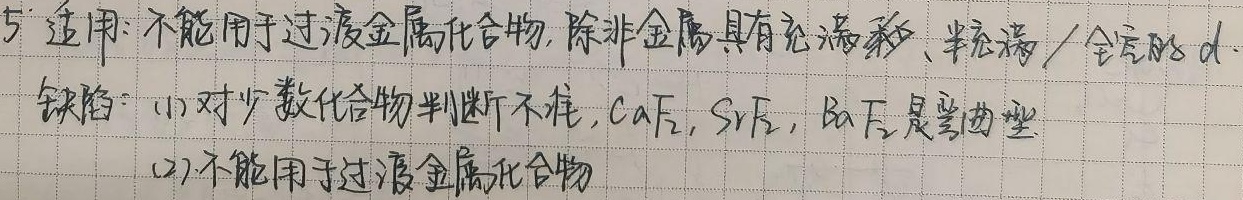
5. 适用：不能用于过渡金属化合物，除非金属具有充满的、半充满/全空的\(d\)。
缺陷：(1) 对少数化合物判断不准，\(CaF_2\)，\(SrF_2\)，\(BaF_2\)是弯曲型。(2) 不能用于过渡金属化合物。